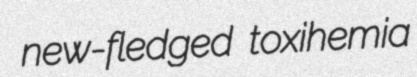
new-fledged toxihemia